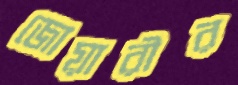
জোয়ারীর